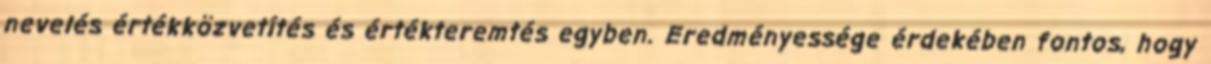
nevelés értékközvetítés és értékteremtés egyben. Eredményessége érdekében fontos, hogy